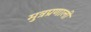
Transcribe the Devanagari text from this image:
मुत्रप्रणाली